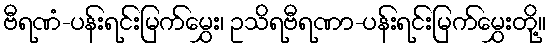
ဗီရဏံ-ပန်းရင်းမြက်မွှေး၊ ဥသိရဗီရဏာ-ပန်းရင်းမြက်မွှေးတို့။